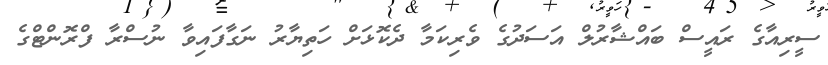
ސީރިއާގެ ރައީސް ބައްޝާރުލް އަސަދުގެ ވެރިކަމާ ދެކޮޅަށް ހަތިޔާރު ނަގާފައިވާ ނުސްރާ ފްރޮންޓްގެ